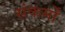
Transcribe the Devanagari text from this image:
संकर्मों